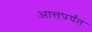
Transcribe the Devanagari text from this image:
आत्तपर्यंत